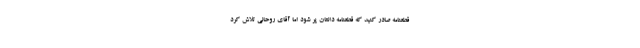
قطعنامه صادر کنید که قطعنامه دانتان پر شود اما آقای روحانی تلاش کرد